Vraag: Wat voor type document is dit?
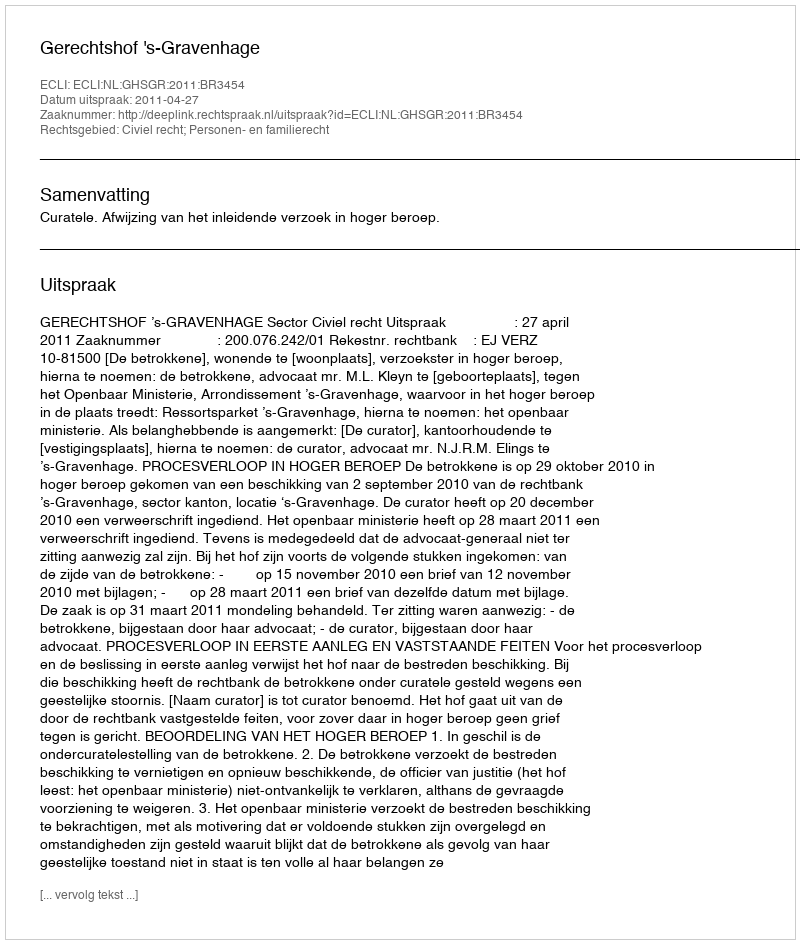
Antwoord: Uitspraak